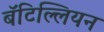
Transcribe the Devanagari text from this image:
बॅटिल्लियन